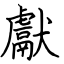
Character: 獻